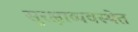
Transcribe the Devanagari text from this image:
सुरक्षाव्यवस्थेत